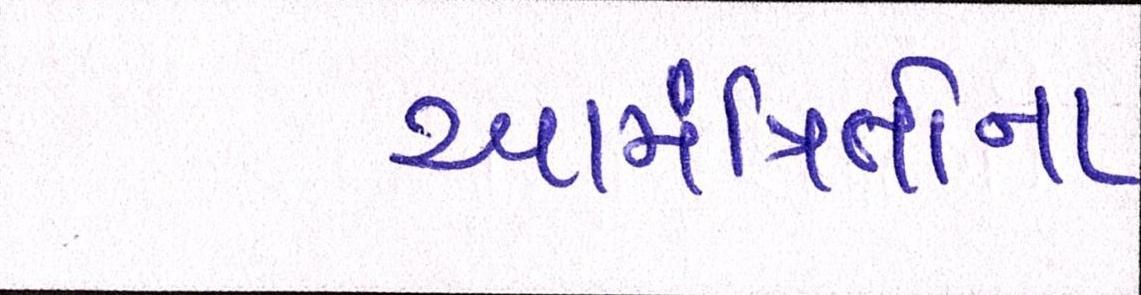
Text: આમંત્રિતોના